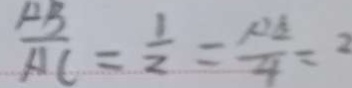
\frac { A B } { A C } = \frac { 1 } { 2 } = \frac { p E } { 4 } = 2